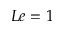
L e = 1